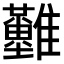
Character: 𩁪